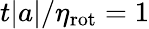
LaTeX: t|a|/\eta_{\mathrm{rot}}=1